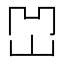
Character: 𡶓